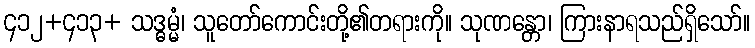
၄၁၂+၄၁၃+ သဒ္ဓမ္မံ၊ သူတော်ကောင်းတို့၏တရားကို။ သုဏန္တော၊ ကြားနာရသည်ရှိသော်။